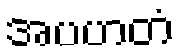
အပဟတံ